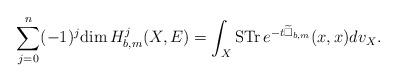
LaTeX: \begin{align*} \sum^n_{j=0}(-1)^j\mathrm{dim\,}H^j_{b,m}(X,E)=\int_X\mathrm{STr\,}e^{-t\widetilde{\Box}_{b,m}}(x,x)dv_X.\end{align*}